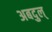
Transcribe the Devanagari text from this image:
अबदुल्